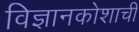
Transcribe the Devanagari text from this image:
विज्ञानकोशाची